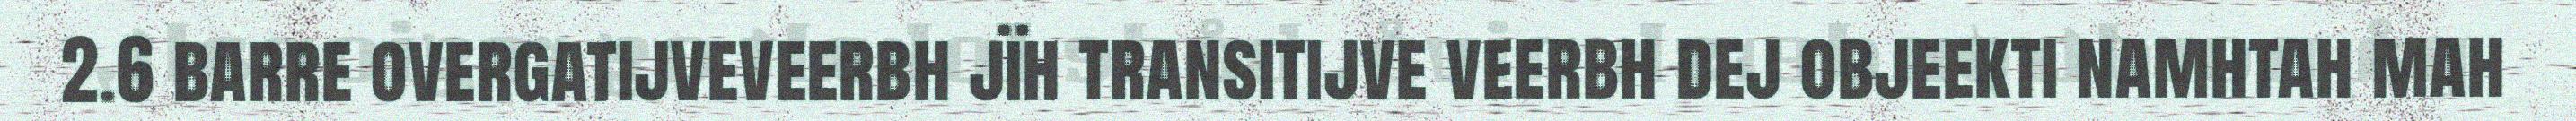
2.6 barre overgatijveveerbh jïh transitijve veerbh dej objeekti namhtah mah